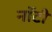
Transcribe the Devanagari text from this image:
नॉटी